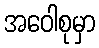
အဝေါစုမှာ